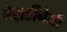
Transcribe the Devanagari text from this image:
बेरार्डीनेली